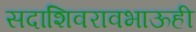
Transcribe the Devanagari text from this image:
सदाशिवरावभाऊही